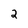
Character: 2